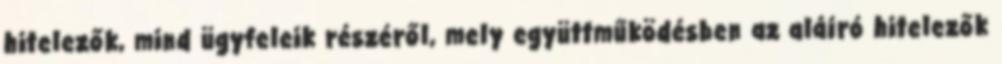
hitelezők, mind ügyfeleik részéről, mely együttműködésben az aláíró hitelezők